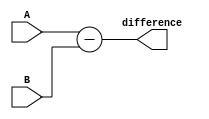
module behavioral_subtractor(
    input [3:0] A,
    input [3:0] B,
    output reg [3:0] difference
);

always @(*) begin
    difference = A - B;
end

endmodule